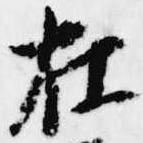
在